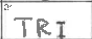
Transcription: TRI